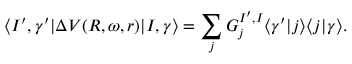
\langle I ^ { \prime } , \gamma ^ { \prime } | \Delta V ( R , \omega , r ) | I , \gamma \rangle = \sum _ { j } G _ { j } ^ { I ^ { \prime } , I } \langle \gamma ^ { \prime } | j \rangle \langle j | \gamma \rangle .